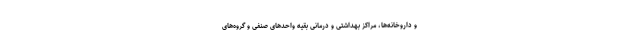
و داروخانه‌ها، مراکز بهداشتی و درمانی بقیه واحدهای صنفی و گروه‌های